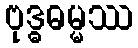
ဗုဒ္ဓဓမ္မဿ